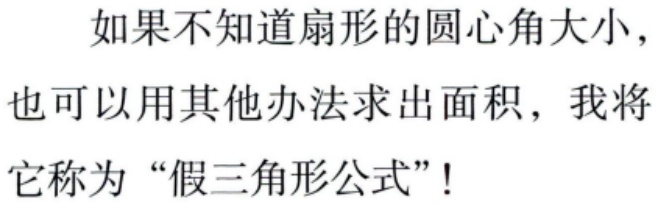
如果不知道扇形的圆心角大小，也可以用其他办法求出面积，我将它称为“假三角形公式”！